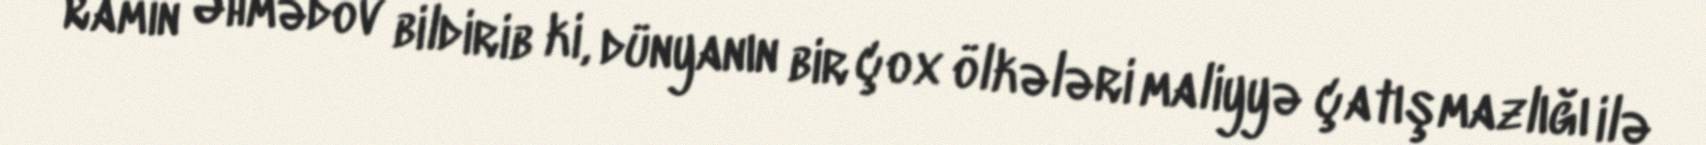
Ramin Əhmədov bildirib ki, dünyanın bir çox ölkələri maliyyə çatışmazlığı ilə